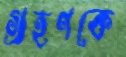
গ্রহণকে